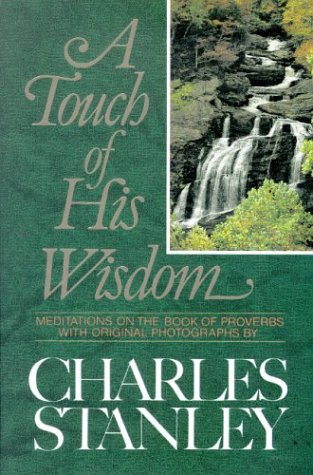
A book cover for A Touch of His Wisdom: Meditations on the Book of Proverbs; Charles F. Stanley; Christian Books & Bibles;